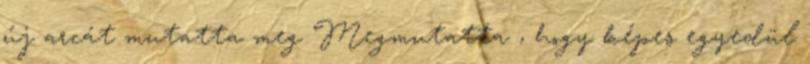
új arcát mutatta meg Megmutatta , hogy képes egyedül